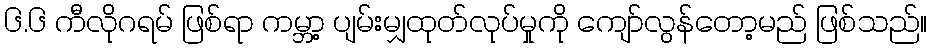
၆.၆ ကီလိုဂရမ် ဖြစ်ရာ ကမ္ဘာ့ ပျမ်းမျှထုတ်လုပ်မှုကို ကျော်လွန်တော့မည် ဖြစ်သည်။